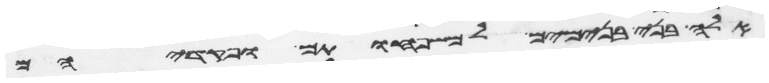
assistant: אלה בני בנימים למשפחותם ופקדיהם